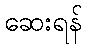
ဆေးရန်